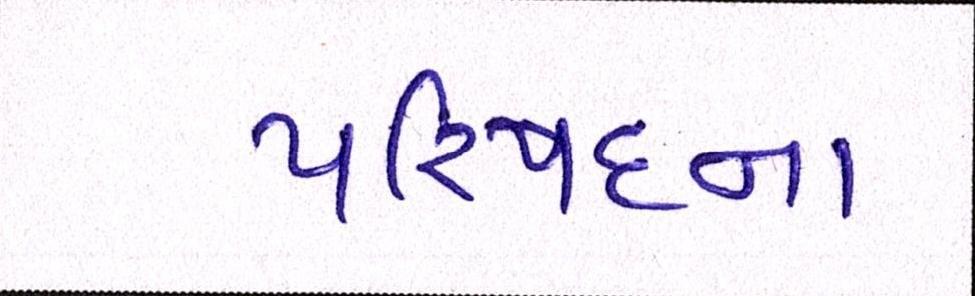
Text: પરિષદના